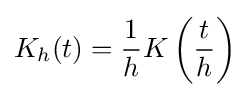
K_{h}(t)={\frac {1}{h}}K\left({\frac {t}{h}}\right)